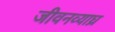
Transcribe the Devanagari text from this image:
जीवनव्याघ्र